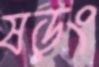
ষড়ং